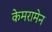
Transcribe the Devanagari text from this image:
केमरामेन